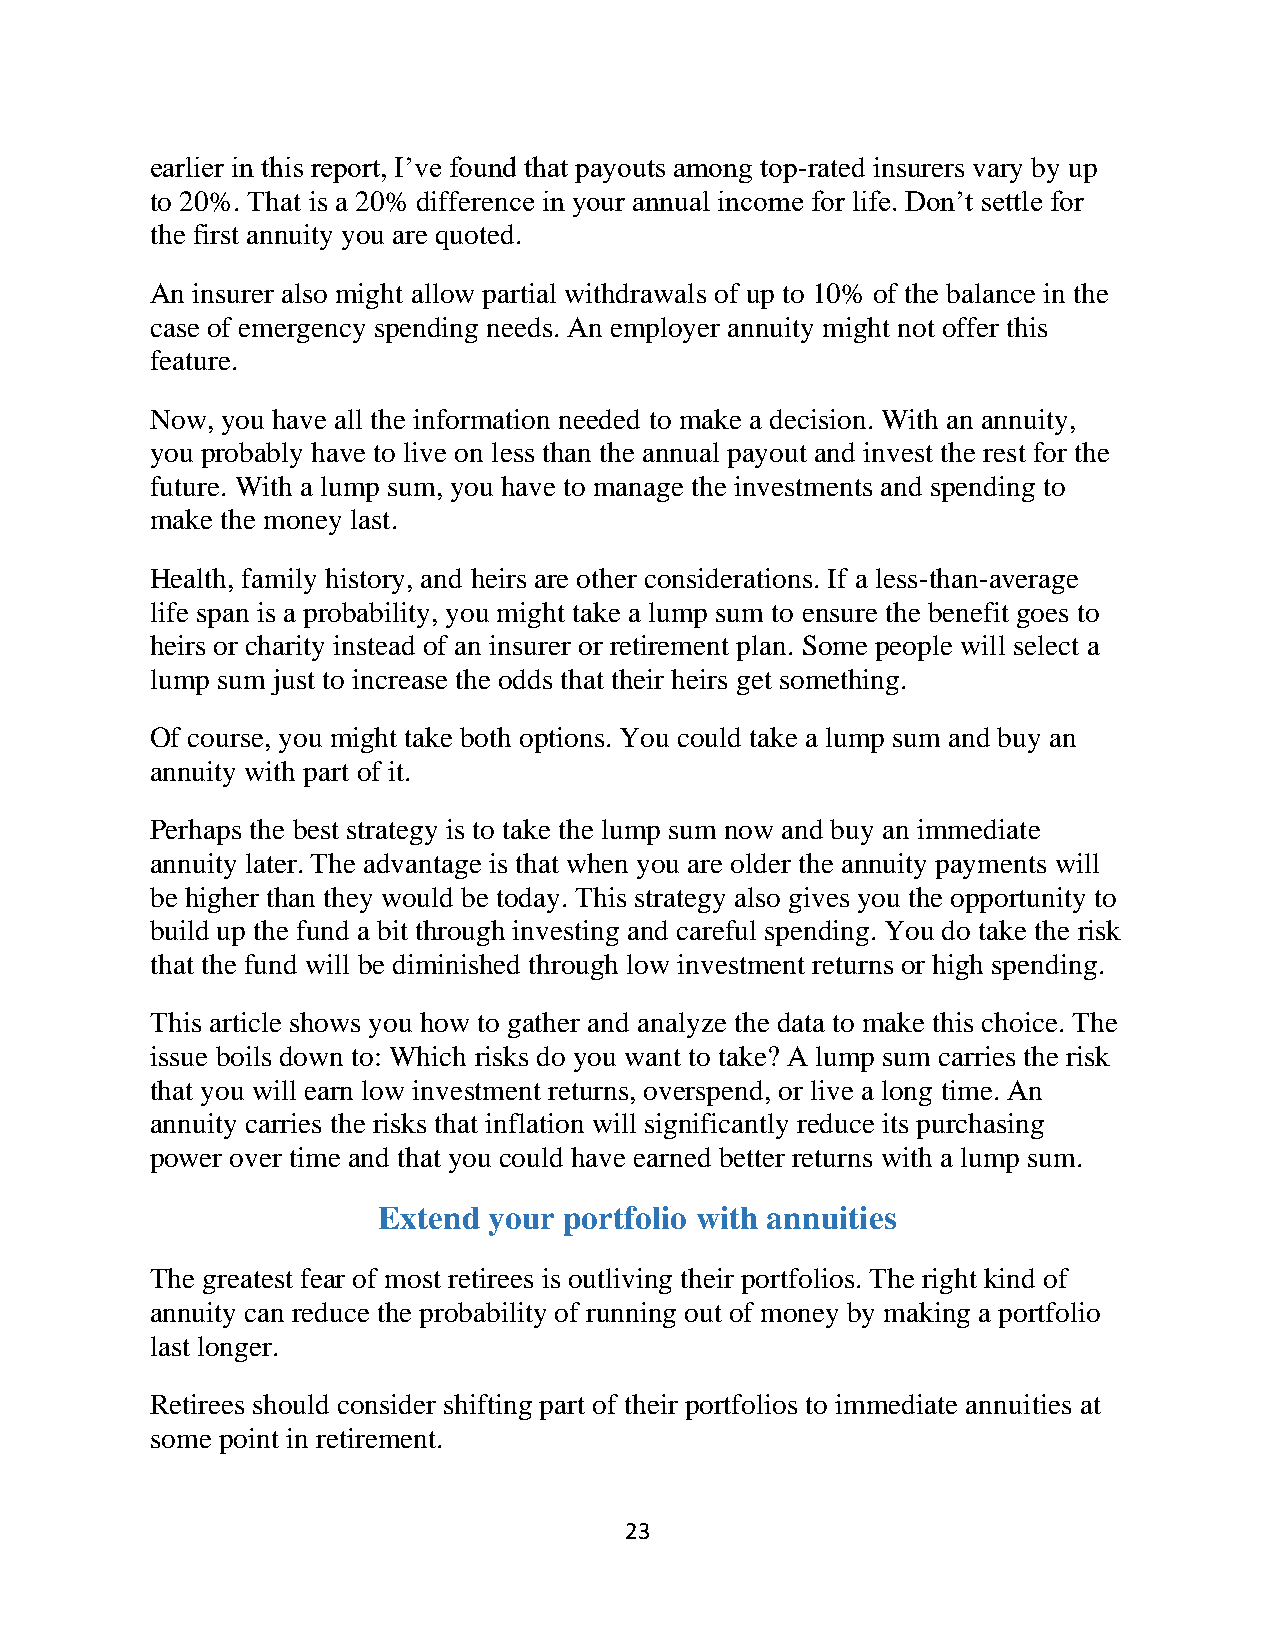
earlier in this report, I’ve found that payouts among top-rated insurers vary by up
 to 20%. That is a 20% difference in your annual income for life. Don’t settle for
 the first annuity you are quoted.
 An insurer also might allow partial withdrawals of up to 10% of the balance in the
 case of emergency spending needs. An employer annuity might not offer this
 feature.
 Now, you have all the information needed to make a decision. With an annuity,
 you probably have to live on less than the annual payout and invest the rest for the
 future. With a lump sum, you have to manage the investments and spending to
 make the money last.
 Health, family history, and heirs are other considerations. If a less-than-average
 life span is a probability, you might take a lump sum to ensure the benefit goes to
 heirs or charity instead of an insurer or retirement plan. Some people will select a
 lump sum just to increase the odds that their heirs get something.
 Of course, you might take both options. You could take a lump sum and buy an
 annuity with part of it.
 Perhaps the best strategy is to take the lump sum now and buy an immediate
 annuity later. The advantage is that when you are older the annuity payments will
 be higher than they would be today. This strategy also gives you the opportunity to
 build up the fund a bit through investing and careful spending. You do take the risk
 that the fund will be diminished through low investment returns or high spending.
 This article shows you how to gather and analyze the data to make this choice. The
 issue boils down to: Which risks do you want to take? A lump sum carries the risk
 that you will earn low investment returns, overspend, or live a long time. An
 annuity carries the risks that inflation will significantly reduce its purchasing
 power over time and that you could have earned better returns with a lump sum.
 Extend your portfolio with annuities
 The greatest fear of most retirees is outliving their portfolios. The right kind of
 annuity can reduce the probability of running out of money by making a portfolio
 last longer.
 Retirees should consider shifting part of their portfolios to immediate annuities at
 some point in retirement.
 23